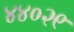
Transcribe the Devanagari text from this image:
४४०२९